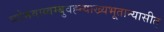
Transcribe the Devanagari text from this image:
व्योमवाय्वम्बुवह्न्याख्यभूतान्यासीत्